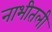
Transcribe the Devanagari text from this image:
नाभीतली